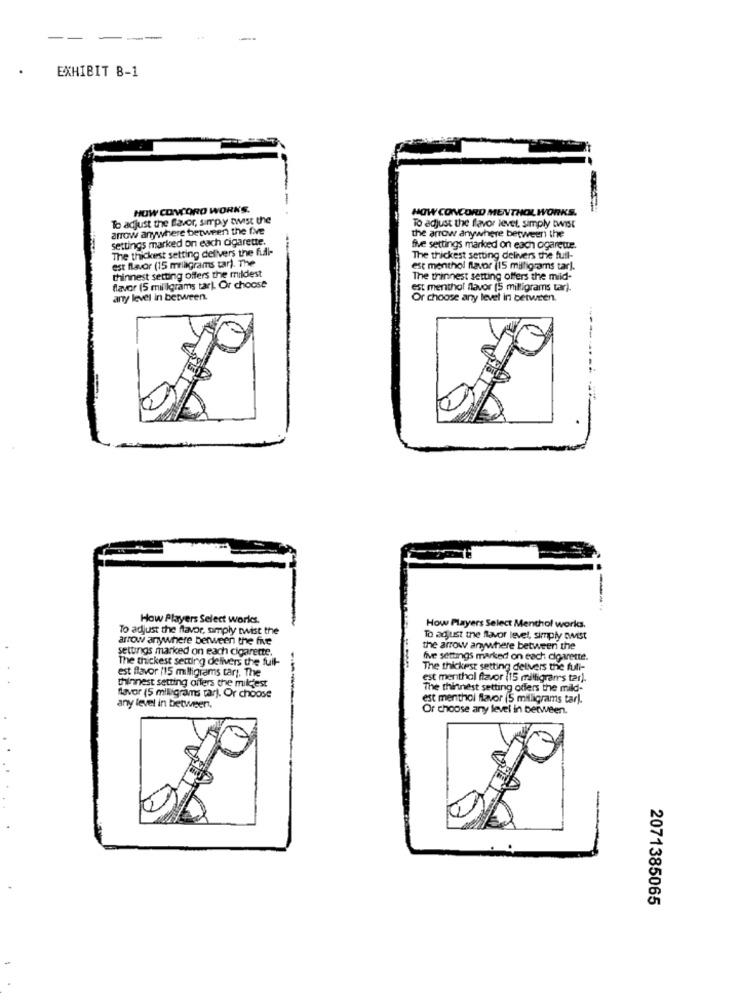
--
EXHIBIT B-1
HOW CONCORD WORKS.
HOW CONCORD MENTHOL WORKS.
To adjust the favor, simply twist the
arrow anywhere between the five
the arrow anywhere between the
To adjust the flavor levet, simply twist
settings marked on each cigarette.
The thickest setting delivers the full-
five settings marked on each ogarette.
est flavor (15 milligrams tar). The
The thickest setting delivers the full-
thinnest setting offers the mildest
est menthol flavor (15 milligrams tar).
The thinnest setting offers the mild-
flavor (5 milligrams tar). Or choose
t menthol flavor (5 milligrams tar).
any level in between.
Or choose any level in between.
----
How Players Select worlds.
To adjust the flavor, simply twist the
How Players Select Menthol works.
arrow anywhere between the five
To adjust the flavor level, simply twist
settings marked on each cigarette.
the arrow anywhere between the
The thickest setting delivers the full-
five settings marked on each cigarette.
est flavor (15 milligrams tar). The
The thickest setting delivers the full-
thinnest setting offers the mildest
est menthal flavor (15 milligrams tar).
The thinnest setting offers the mild-
flavor (5 milligrams tar). Or choose
est menthol flavor (5 milligrams tarl.
any level in between,
Or choose any level in between.
2071385065